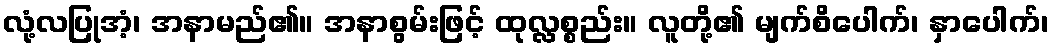
လုံ့လပြုအံ့၊ အနာမည်၏။ အနာစွမ်းဖြင့် ထုလ္လစ္စည်း။ လူတို့၏ မျက်စိပေါက်၊ နှာပေါက်၊